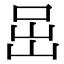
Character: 𡶸